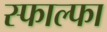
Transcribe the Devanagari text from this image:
स्फाल्फा